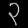
Digit: ၃